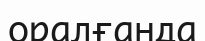
оралғанда